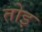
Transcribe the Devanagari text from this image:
तोइ